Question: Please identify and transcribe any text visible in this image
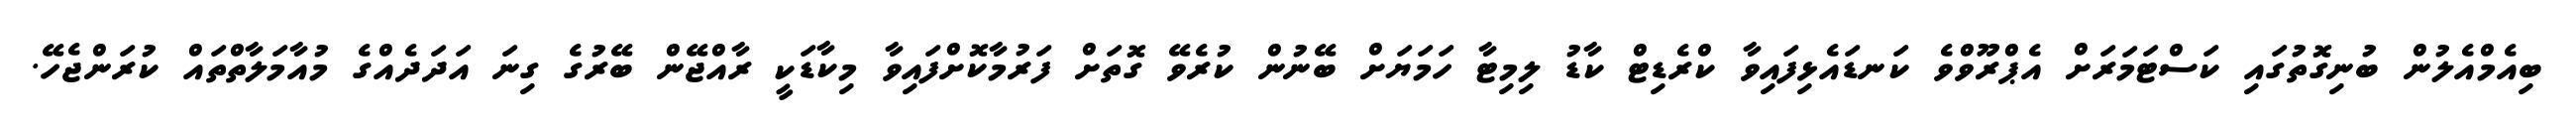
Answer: ބިއެމްއެލުން ބުނިގޮތުގައި ކަސްޓަމަރަށް އެޕްރޫވްވެ ކަނޑައެޅިފައިވާ ކްރެޑިޓް ކާޑު ލިމިޓާ ހަމަޔަށް ބޭނުން ކުރެވޭ ގޮތަށް ފަރުމާކޮށްފައިވާ މިކާޑަކީ ރާއްޖޭން ބޭރުގެ ގިނަ އަދަދެއްގެ މުއާމަލާތްތައް ކުރަންޖެހޭ.